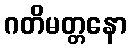
ဂတိမတ္တနော